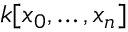
k [ x _ { 0 } , \dots , x _ { n } ]